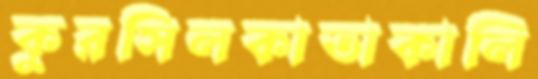
কুরসিলকাতাকালি